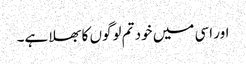
اور اسی میں خود تم لوگوں کا بھلا ہے۔